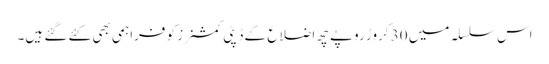
اس سلسلہ میں 30 کروڑ روپے چھ اضلاع کے ڈپٹی کمشنرز کو فراہمی بھی کئے گئے ہیں۔